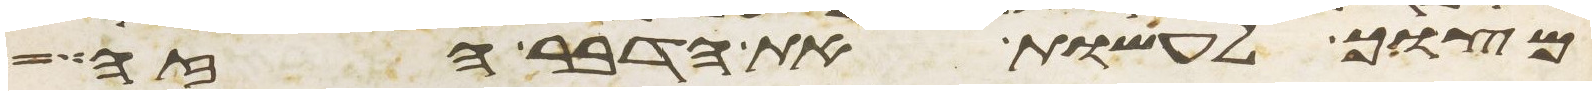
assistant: מצוך לעשות את הדבר הזה